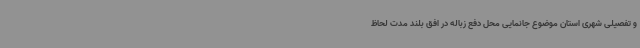
و تفصیلی شهری استان موضوع جانمایی محل دفع زباله در افق بلند مدت لحاظ